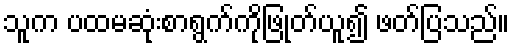
သူက ပထမဆုံးစာရွက်ကိုဖြုတ်ယူ၍ ဖတ်ပြသည်။